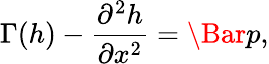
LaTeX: \Gamma(h)-\frac{\partial^{2}h}{\partial x^{2}}=\Bar{p},